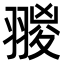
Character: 翪